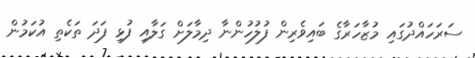
ސަރަހައްދުގައި މުޒާހަރާގެ ބައިވެރިން ފުލުހުންނާ ދިމާލަށް ގަލާއި ފުޅި ފަދަ ތަކެތި އުކަމުން